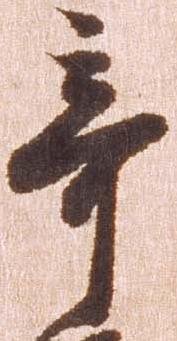
棄